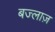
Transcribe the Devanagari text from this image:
बज्लाज़